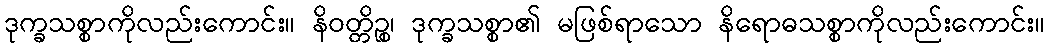
ဒုက္ခသစ္စာကိုလည်းကောင်း။ နိဝတ္တိဉ္စ၊ ဒုက္ခသစ္စာ၏ မဖြစ်ရာသော နိရောဓသစ္စာကိုလည်းကောင်း။